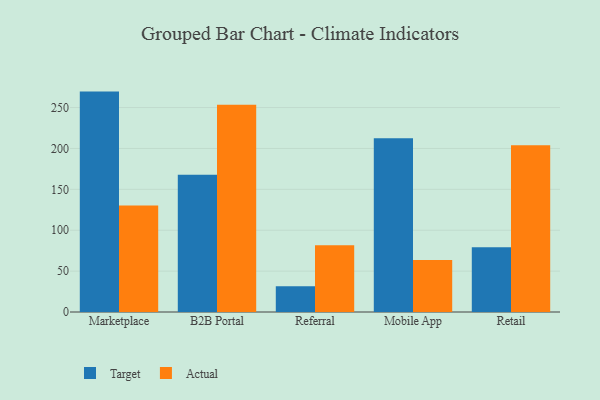
{"axis": {"x": "Channel", "y": "Latency (ms)"}, "legend": ["Actual", "Target"], "data": [{"x": "Marketplace", "y": 269.5, "type": "Target"}, {"x": "Marketplace", "y": 130.3, "type": "Actual"}, {"x": "B2B Portal", "y": 167.8, "type": "Target"}, {"x": "B2B Portal", "y": 253.3, "type": "Actual"}, {"x": "Referral", "y": 31.5, "type": "Target"}, {"x": "Referral", "y": 81.7, "type": "Actual"}, {"x": "Mobile App", "y": 212.4, "type": "Target"}, {"x": "Mobile App", "y": 63.5, "type": "Actual"}, {"x": "Retail", "y": 79.2, "type": "Target"}, {"x": "Retail", "y": 203.9, "type": "Actual"}]}